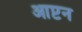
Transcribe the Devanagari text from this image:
आप्टन